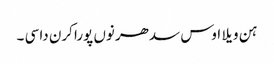
ہن ویلا اوس سدھر نوں پورا کرن دا سی ۔